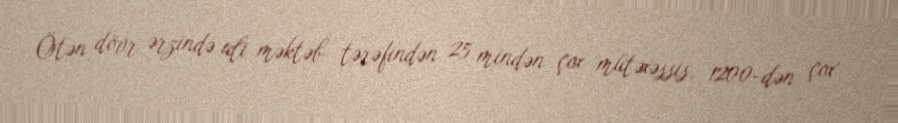
Ötən dövr ərzində ali məktəb tərəfindən 25 mindən çox mütəxəssis, 1200-dən çox